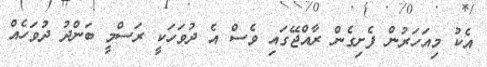
އެކު މިއަހަރުން ފެށިގެން ރާއްޖޭގައި ވެސް އެ ދުވަހަކީ ރަސްމީ ބަންދު ދުވަހެއް